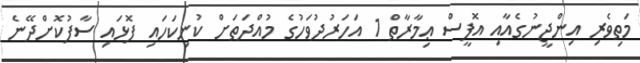
މަތިވެރި އިންޖީނުގެއާއި އޮފީސް ޢިމާރާތް 1 އަހަރުދުވަހުގެ މުއްދަތަށް ކުނިކަހައި ފޮޅައި ސާފުކޮށްދޭނެ